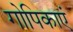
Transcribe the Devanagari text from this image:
गोपिकाएं